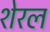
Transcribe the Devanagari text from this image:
शेरल